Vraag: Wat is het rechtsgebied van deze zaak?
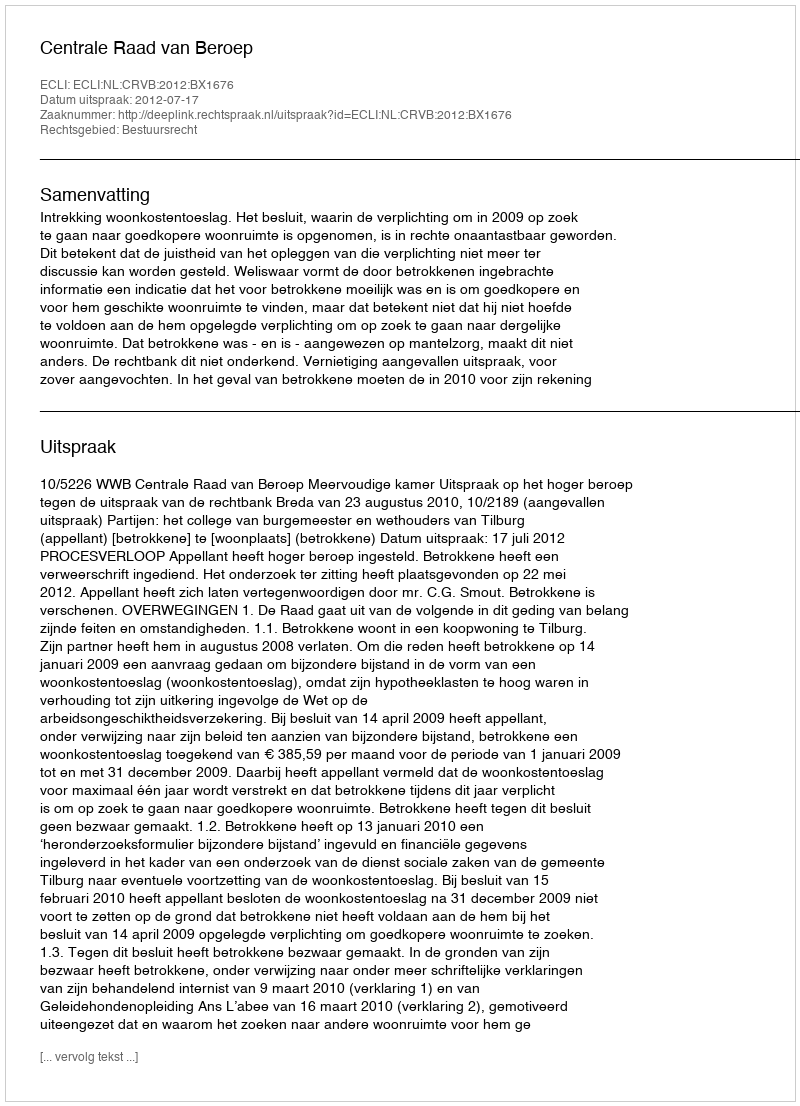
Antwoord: Bestuursrecht